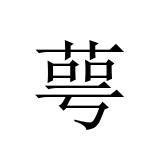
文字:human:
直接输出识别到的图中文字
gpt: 萼